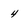
Character: 4